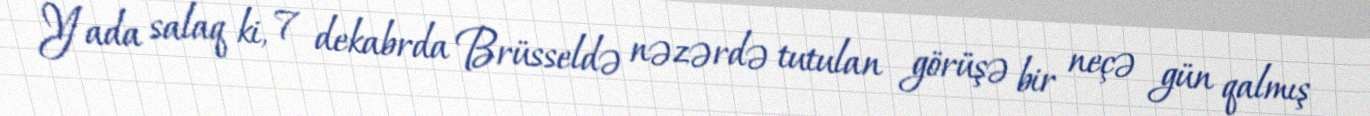
Yada salaq ki, 7 dekabrda Brüsseldə nəzərdə tutulan görüşə bir neçə gün qalmış